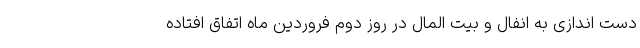
دست اندازی به انفال و بیت المال در روز دوم فروردین ماه اتفاق افتاده